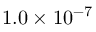
\mathrm { 1 . 0 \times 1 0 ^ { - 7 } }